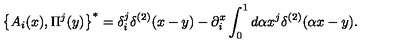
\left\{ { A _ { i } ( x ) , \Pi ^ { j } ( y ) } \right\} ^ { * } = \delta _ { i } ^ { j } \delta ^ { ( 2 ) } ( x - y ) - \partial _ { i } ^ { x } \int _ { 0 } ^ { 1 } { d \alpha x ^ { j } \delta ^ { ( 2 ) } } ( \alpha x - y ) .